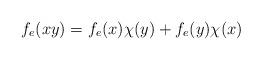
LaTeX: \begin{align*} f_e(xy)=f_e(x)\chi(y)+f_e(y)\chi(x)\end{align*}